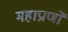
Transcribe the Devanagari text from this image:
महाप्राणों